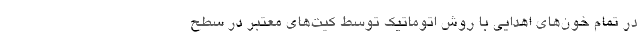
در تمام خون‌های اهدایی با روش اتوماتیک توسط کیت‌های معتبر در سطح